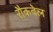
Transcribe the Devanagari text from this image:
रौकवेल